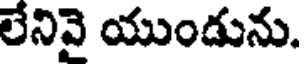
లేనివై యుండును.